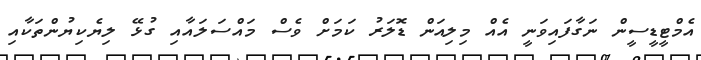
އެމްޓީޑީސީން ނަގާފައިވަނީ އެއް މިލިއަން ޑޮލަރު ކަމަށް ވެސް މައްސަލައާއި ގުޅޭ ލިޔެކިޔުންތަކާއި